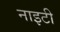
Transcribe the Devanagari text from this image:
नाइटी